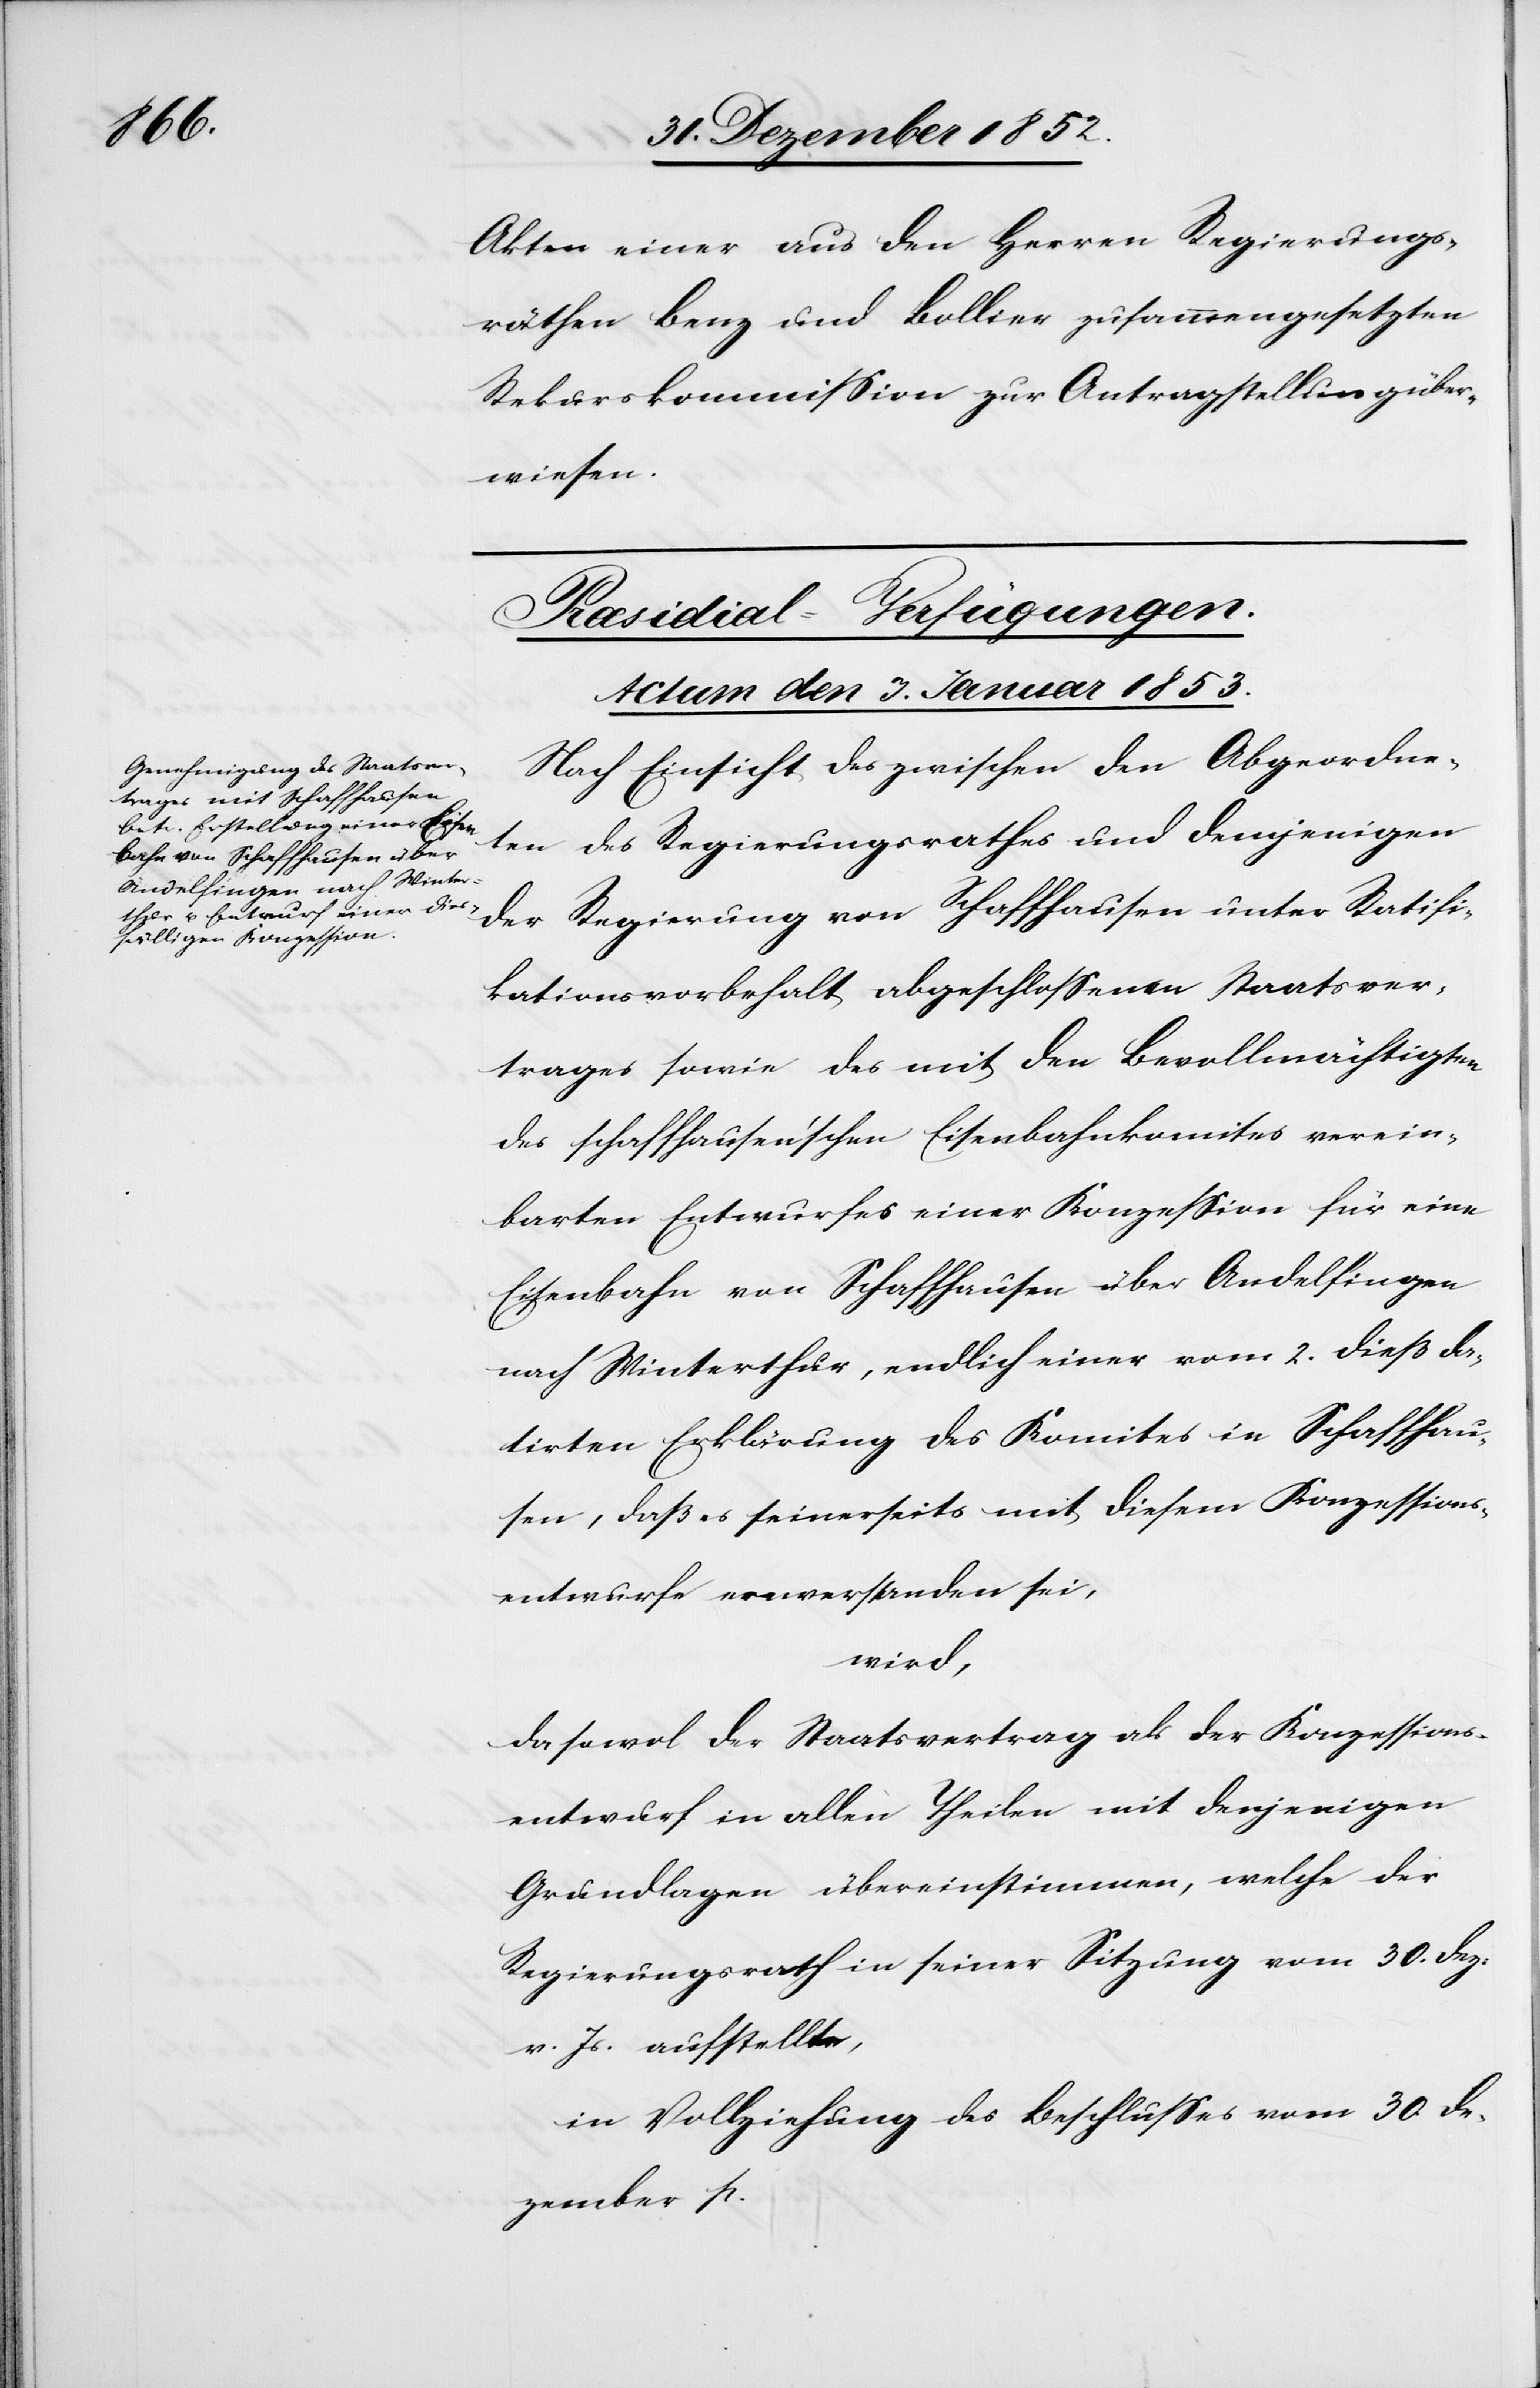
Akten einer aus den Herren Regierungs¬
räthen Benz und Bollier zusammengesetzten
Rekurskommission zur Antragstellung über¬
wiesen.
Præsidial-Verfügungen.
Actum den 3. Januar 1853.
Nach Einsicht des zwischen den Abgeordne¬
ten des Regierungsrathes und demjenigen
der Regierung von Schaffhausen unter Ratifi¬
kationsvorbehalt abgeschlossenen Staatsver¬
trages sowie des mit den Bevollmächtigten
des schaffhausen’schen Eisenbahnkomites verein¬
barten Entwurfes einer Konzession für eine
Eisenbahn von Schaffhausen über Andelfingen
nach Winterthur, endlich einer vom 2. dieß da¬
tirten Erklärung des Komites in Schaffhau¬
sen, daß es seinerseits mit diesem Konzessions¬
entwurfe einverstanden sei,
wird,
da sowol der Staatsvertrag als der Konzessions¬
entwurf in allen Theilen mit denjenigen
Grundlagen übereinstimmen, welche der
Regierungsrath in seiner Sitzung vom 30. Dez:
v. Js. aufstellte,
in Vollziehung des Beschlusses vom 30. De¬
zember p.